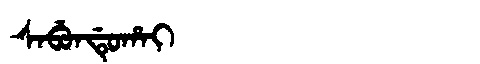
Manchu: ᠰᠠᠪᡠᠨᡩᡠᡥᠠᡳ
Romanization: SABUNDUHAI